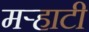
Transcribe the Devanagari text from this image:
मर्‍हाटी